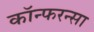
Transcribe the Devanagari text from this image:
कॉन्फरन्सा